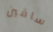
ساقين